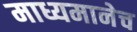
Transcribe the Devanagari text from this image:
माध्यमानेच